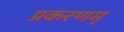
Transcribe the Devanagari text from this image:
प्रकरणम्‌